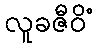
လူခဇီဝိံ